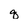
Character: q